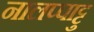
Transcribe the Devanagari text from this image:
नालप्पाट्टु